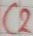
Text: C2